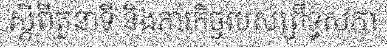
ស្តីពីតួនាទី និងភារកិច្ចរបស់ព្រឹទ្ធសភា